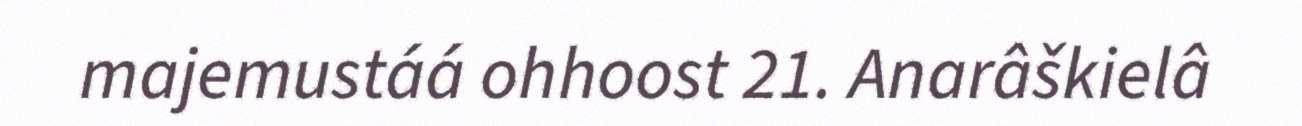
majemustáá ohhoost 21. Anarâškielâ